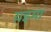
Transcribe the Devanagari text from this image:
य़इमा